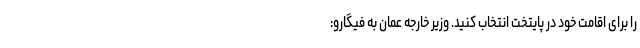
را برای اقامت خود در پایتخت انتخاب کنید. وزیر خارجه عمان به فیگارو: